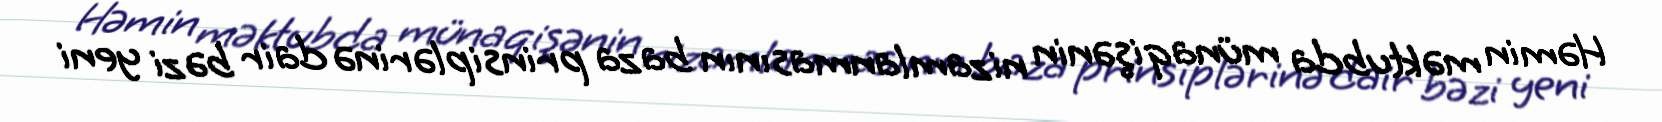
Həmin məktubda münaqişənin nizamlanmasının baza prinsiplərinə dair bəzi yeni